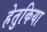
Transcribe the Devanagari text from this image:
हेतुकिया